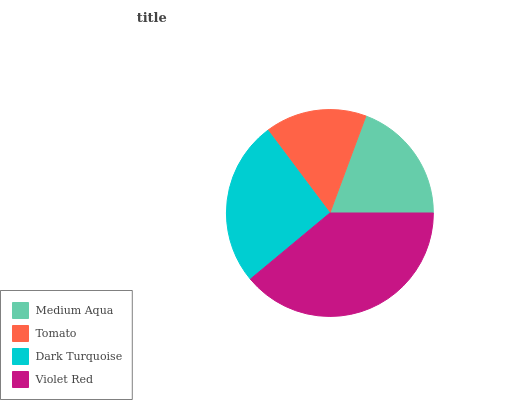
| Medium Aqua | Tomato | Dark Turquoise | Violet Red |
 | --- | --- | --- | --- |
 | 19.4% | 15.9% | 25.8% | 39% |